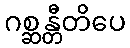
ဂစ္ဆန္တီတိပေ